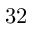
3 2